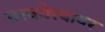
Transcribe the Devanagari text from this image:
तत्त्ववेत्त्यावर